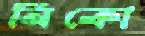
নিকো